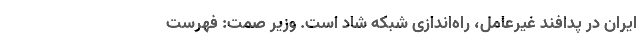
ایران در پدافند غیرعامل، راه‌اندازی شبکه شاد است. وزیر صمت: فهرست